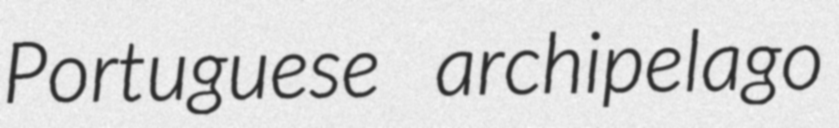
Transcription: Portuguese archipelago